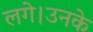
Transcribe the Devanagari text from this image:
लगे।उनके